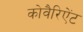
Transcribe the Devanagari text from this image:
कोवैरिऐंट